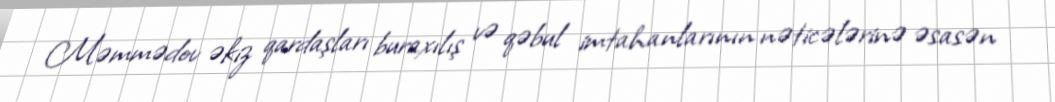
Məmmədov əkiz qardaşları buraxılış və qəbul imtahanlarının nəticələrinə əsasən